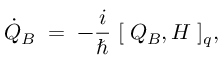
\dot { Q } _ { B } \; = \; - \frac { i } { \hbar } \; [ \; Q _ { B } , H \; ] _ { q } ,